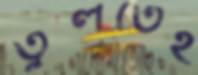
তুলতেই